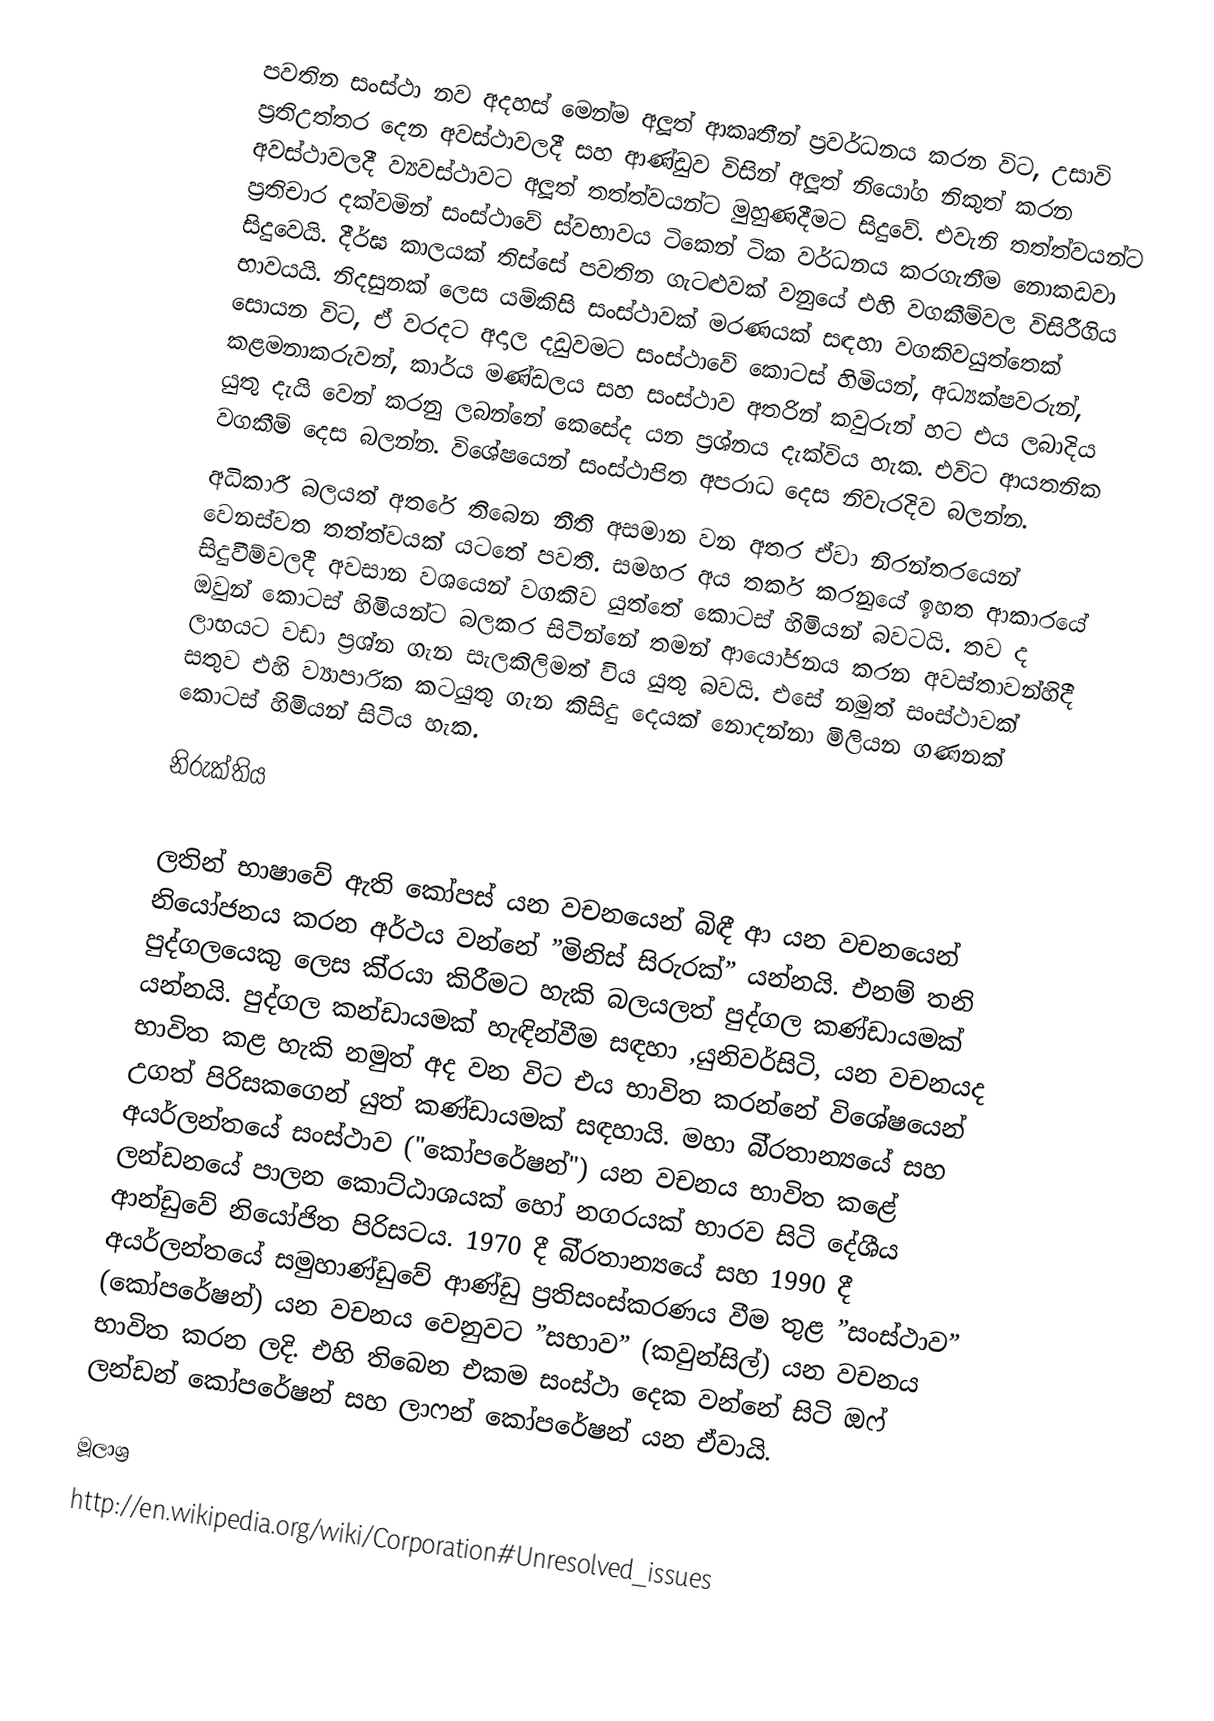
පවතින සංස්ථා නව අදහස් මෙන්ම අලූත් ආකෘතීන් ප‍්‍රවර්ධනය කරන විට, උසාවි ප‍්‍රතිඋත්තර දෙන අවස්ථාවලදී සහ ආණ්ඩුව විසින් අලූත් නියෝග නිකුත් කරන අවස්ථාවලදී ව්‍යවස්ථාවට අලූත් තත්ත්වයන්ට මුහුණදීමට සිදුවේ. එවැනි තත්ත්වයන්ට ප‍්‍රතිචාර දක්වමින් සංස්ථාවේ ස්වභාවය ටිකෙන් ටික වර්ධනය කරගැනීම නොකඩවා සිදුවෙයි. දීර්ඝ කාලයක් තිස්සේ පවතින ගැටළුවක් වනුයේ එහි වගකීම්වල විසිරීගිය භාවයයි. නිදසුනක් ලෙස යම්කිසි සංස්ථාවක් මරණයක් සඳහා වගකිවයුත්තෙක් සොයන විට, ඒ වරදට අදාල දඩුවමට සංස්ථාවේ කොටස් හිමියන්, අධ්‍යක්ෂවරුන්, කළමනාකරුවන්, කාර්ය මණ්ඩලය සහ සංස්ථාව අතරින් කවුරුන් හට එය ලබාදිය යුතු දැයි වෙන් කරනු ලබන්නේ කෙසේද යන ප‍්‍රශ්නය දැක්විය හැක. එවිට ආයතනික වගකීම් දෙස බලන්න. විශේෂයෙන් සංස්ථාපිත අපරාධ දෙස නිවැරදිව බලන්න.
අධිකාරී බලයත් අතරේ තිබෙන නීති අසමාන වන අතර ඒවා නිරන්තරයෙන් වෙනස්වත තත්ත්වයක් යටතේ පවතී. සමහර අය තර්ක කරනුයේ ඉහත ආකාරයේ සිදුවීම්වලදී අවසාන වශයෙන් වගකිව යුත්තේ කොටස් හිමියන් බවටයි. තව ද ඔවුන් කොටස් හිමියන්ට බලකර සිටින්නේ තමන් ආයෝජනය කරන අවස්තාවන්හිදී ලාභයට වඩා ප‍්‍රශ්න ගැන සැලකිලිමත් විය යුතු බවයි. එසේ නමුත් සංස්ථාවක් සතුව එහි ව්‍යාපාරික කටයුතු ගැන කිසිදු දෙයක් නොදන්නා මිලියන ගණනක් කොටස් හිමියන් සිටිය හැක.

නිරුක්තිය

ලතින් භාෂාවේ ඇති කෝපස් යන වචනයෙන් බිඳී ආ යන වචනයෙන් නියෝජනය කරන අර්ථය වන්නේ ”මිනිස් සිරුරක්” යන්නයි. එනම් තනි පුද්ගලයෙකු ලෙස කි‍්‍රයා කිරීමට හැකි බලයලත් පුද්ගල කණ්ඩායමක් යන්නයි. පුද්ගල කන්ඩායමක් හැඳින්වීම සඳහා ,යුනිවර්සිටි, යන වචනයද භාවිත කළ හැකි නමුත් අද වන විට එය භාවිත කරන්නේ විශේෂයෙන් උගත් පිරිසකගෙන් යුත් කණ්ඩායමක් සඳහායි. මහා බි‍්‍රතාන්‍යයේ සහ අයර්ලන්තයේ සංස්ථාව ("කෝපරේෂන්") යන වචනය භාවිත කළේ ලන්ඩනයේ පාලන කොට්ඨාශයක් හෝ නගරයක් භාරව සිටි දේශීය ආන්ඩුවේ නියෝජිත පිරිසටය. 1970 දී බි‍්‍රතාන්‍යයේ සහ 1990 දී අයර්ලන්තයේ සමුහාණ්ඩුවේ ආණ්ඩු ප‍්‍රතිසංස්කරණය වීම තුළ ”සංස්ථාව” (කෝපරේෂන්) යන වචනය වෙනුවට ”සභාව” (කවුන්සිල්) යන වචනය භාවිත කරන ලදි. එහි තිබෙන එකම සංස්ථා දෙක වන්නේ සිටි ඔෆ් ලන්ඩන් කෝපරේෂන් සහ ලාෆන් කෝපරේෂන් යන ඒවායි.

මූලාශ්‍ර
http://en.wikipedia.org/wiki/Corporation#Unresolved_issues